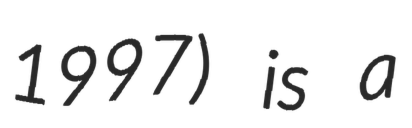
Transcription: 1997) is a